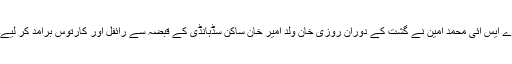
اے ایس آئی محمد امین نے گشت کے دوران روزی خان ولد امیر خان ساکن سڈہانڈی کے قبضہ سے رائفل اور کارتوس برآمد کر لیے۔